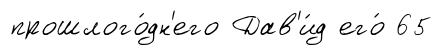
прошлого́дн'его Дав'и́д его́ 65